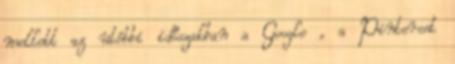
mellett az utóbbi időszakban a Google , a Pinterest